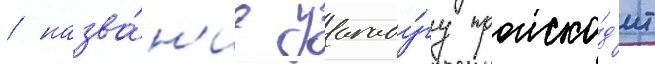
/ назва́н'ие уагаду́гу происхо́д'ит